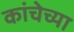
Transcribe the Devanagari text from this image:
कांचेच्या